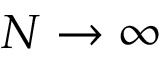
N \to \infty